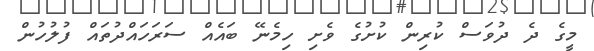
މީގެ ދެ ދުވަސް ކުރިން ކުށުގެ ވެށި ހިމެނޭ ބައެއް ސަރަހައްދުތައް ފުލުހުން